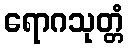
ရောဂသုတ္တံ